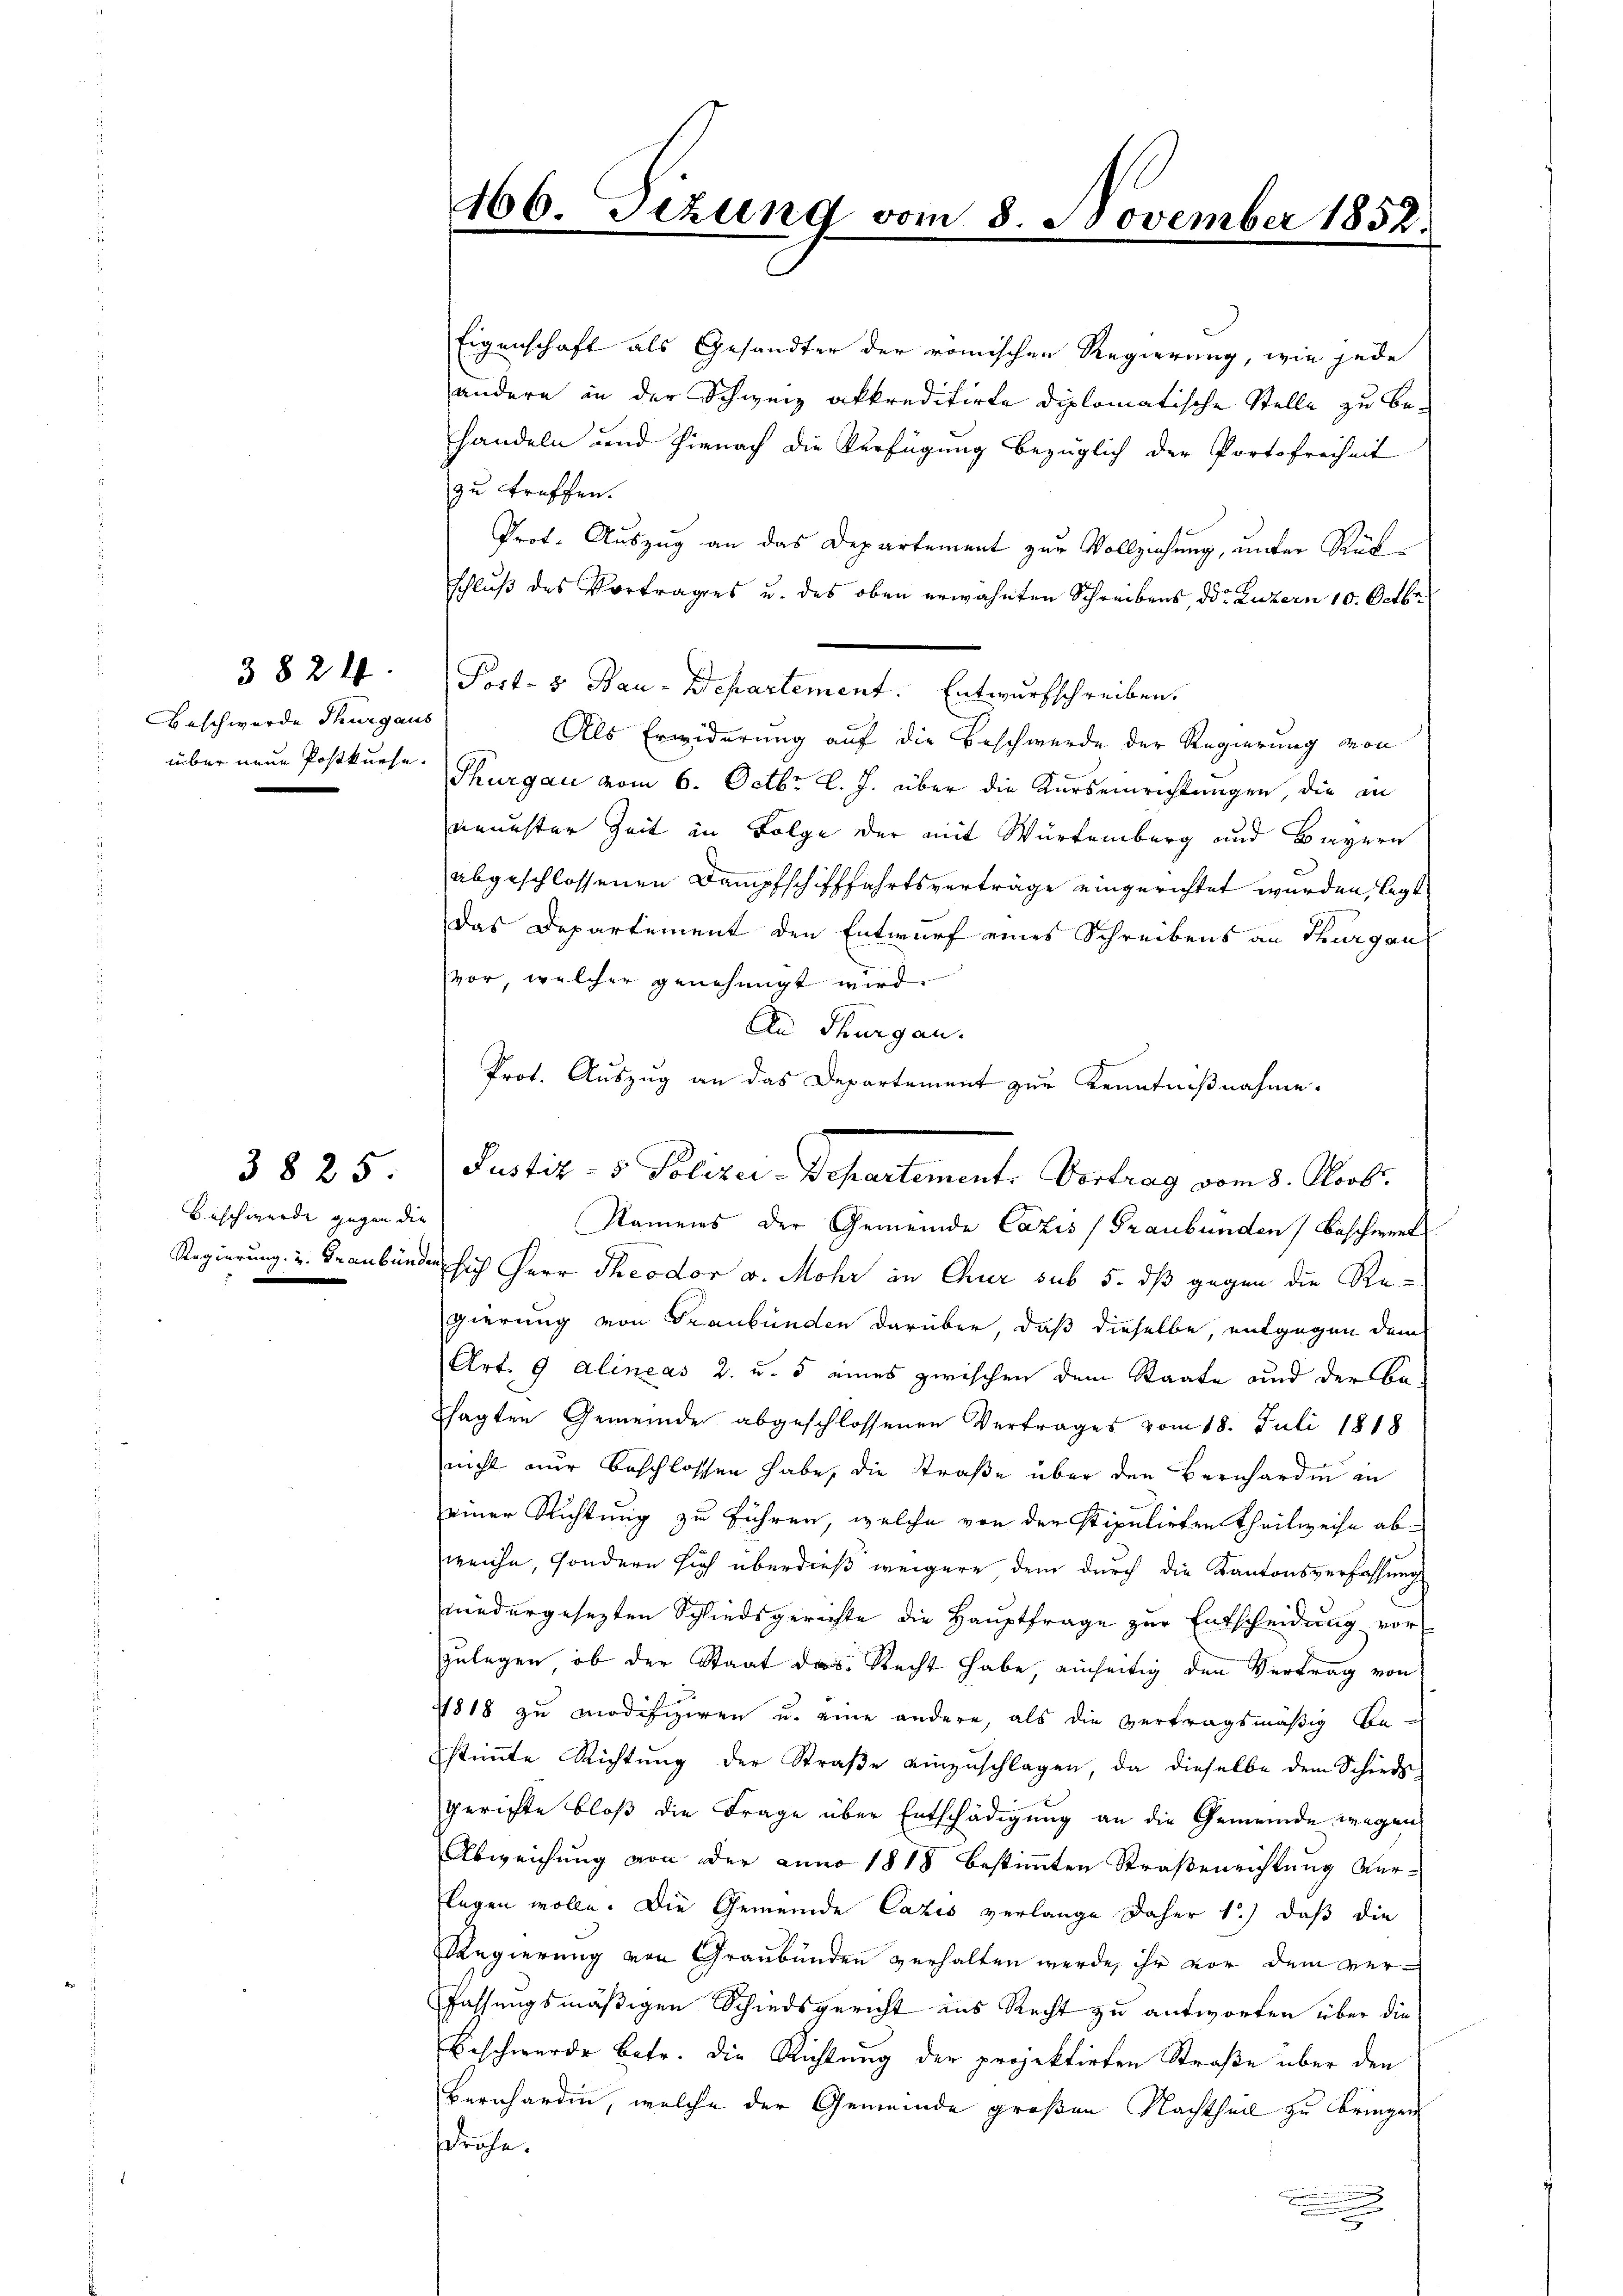
Beschwerde Thurgaus

3824.

3825
Beschwerde gegen die

Eigenschaft als Gesandter der römischen Regierung, wie jede
andere in der Schweiz akkreditirte diplomatische Stelle zu be-
handeln und hienach die Verfügung bezüglich der Portofreiheit
zu treffen.
Prot. Auszug an das Departement zur Vollziehung, unter Rückschluß des Vortrages u. des oben erwähnten Schreibens, d. Luzern 10. Octbr.
Als Erwiderung auf die Beschwerde der Regierung von
über neue Postkurse Thurgau vom 6. Octbr. l. J. über die Kurseinrichtungen, die in
neuester Zeit in Folge der mit Würtemberg und Bayern
abgeschlossenen Dampfschifffahrtsverträge eingerichtet wurden, legt
Das Departement den Entwurf eines Schreibens an Thurgen
vor, welcher genehmigt wird.
An Thurgau.
Namens der Gemeinde Cazis (Graubünden Beschwert
Regierung u. Graubünden sich Herr Theodor v. Mohr in Chur sub 5. dß gegen die Regierung von Graubünden darüber, daß dieselbe, entgegen dem
Art. 9 Alineas 2. u. 5 eines zwischen dem Staate und der Besagten Gemeinde abgeschlossenen Vertrages vom 18. Juli 1818
nicht nur beschlossen habe, die Straße über den Bernharden in
einer Richtung zu führen, welche von der stipulirten Theilweise abweiche, sondern sich überdieß weigere dem durch die Kantonsverfassung
niedergesezten Schiedsgerichte die Hauptfrage zur Entscheidung vor
zulegen, ob der Staat das Recht habe, einseitig den Vertrag von
1818 zu modifiziren u. eine andere, als die vertragsmäßig bestiṁte Richtŭng der Straβe einzŭschlagen, da dieselbe dem Schiede
gerichte bloß die Frage über Entschädigung an die Gemeinde wegen
Abweichung von der Luno 1818 bestimmten Straßenrichtung ver-
legen wolle. Die Gemeinde Cazis verlange daher 1) daß die
Regierung von Graubünden verhalten werde, ihr vor dem ver¬
Fassungsmäßigen Schiedsgericht ins Recht zu antworten über die
Beschwerde betr. die Richtung der projektirten Straße über den
Bernhardin, welche der Gemeinde großen Nachtheil zu bringen
drehe
.
.
.

466. Tizung vom 8. November 1852.

Post- & Bau-Departement. Entwurfschreiben.

Prot. Auszug an das Departement zur Kenntnißnahme.
Justiz- & Polizei-Departemente Vertrag vom 3. Novbr.